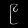
Digit: ၉